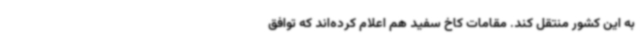
به این کشور منتقل کند. مقامات کاخ سفید هم اعلام کرده‌اند که توافق